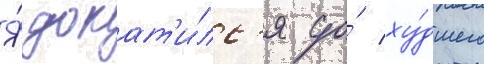
Я́ докат'и́лс'я до́ ху́дшего